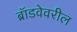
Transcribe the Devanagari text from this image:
ब्रॉडवेवरील